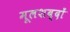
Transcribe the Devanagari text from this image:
मूलशब्दों